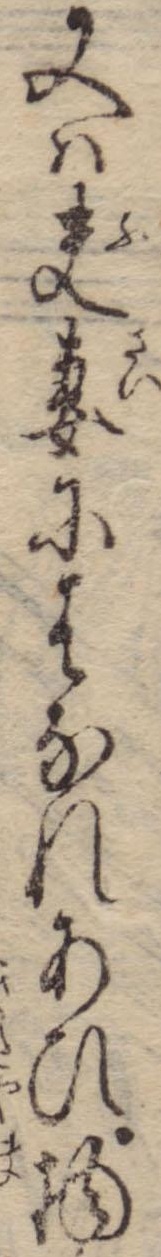
又は夫妻にはなれあひ物